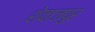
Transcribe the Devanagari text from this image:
शेवाजपुर